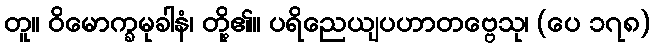
တူ။ ဝိမောက္ခမုခါနံ၊ တို့၏။ ပရိညေယျပဟာတဗ္ဗေသု၊ (ပေ ၁၇၈)